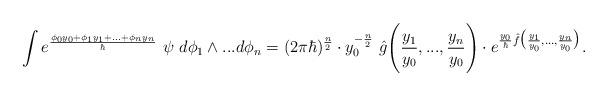
LaTeX: \begin{align*}\int e^{\frac{\phi_0 y_0+\phi_1 y_1+...+\phi_n y_n}{\hbar}}~\psi ~ d\phi_1\wedge...d\phi_n=(2\pi\hbar)^{\frac{n}{2}}\cdot y_0^{-\frac{n}{2}}~\hat{g}\Bigg(\frac{y_1}{y_0},...,\frac{y_n}{y_0}\Bigg)\cdot e^{\frac{y_0}{\hbar}\hat{f}\big(\frac{y_1}{y_0},...,\frac{y_n}{y_0}\big)}. \end{align*}